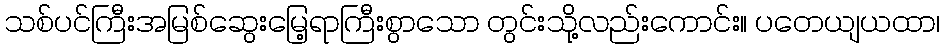
သစ်ပင်ကြီးအမြစ်ဆွေးမြေ့ရာကြီးစွာသော တွင်းသို့လည်းကောင်း။ ပတေယျယထာ၊